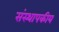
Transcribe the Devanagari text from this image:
संस्थापकीय